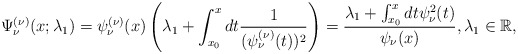
\begin{align*} \Psi _{\nu }^{(\nu) }(x;\lambda _{1})=\psi _{\nu }^{( \nu) }(x)\left( \lambda _{1}+\int_{x_{0}}^{x}dt\frac{1}{( \psi _{\nu }^{(\nu) }(t)) ^{2}}\right) =\frac{\lambda _{1}+\int_{x_{0}}^{x}dt\psi _{\nu }^{2}(t)}{\psi _{\nu }(x)},\lambda _{1}\in \mathbb{R}, \end{align*}